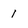
Character: 1